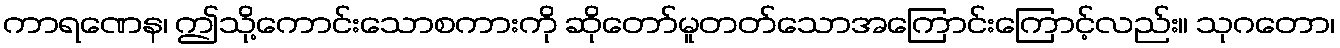
ကာရဏေန၊ ဤသို့ကောင်းသောစကားကို ဆိုတော်မူတတ်သောအကြောင်းကြောင့်လည်း။ သုဂတော၊